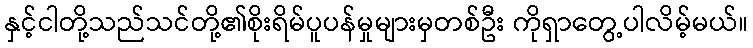
နှင့်ငါတို့သည်သင်တို့၏စိုးရိမ်ပူပန်မှုများမှတစ်ဦး ကိုရှာတွေ့ပါလိမ့်မယ်။